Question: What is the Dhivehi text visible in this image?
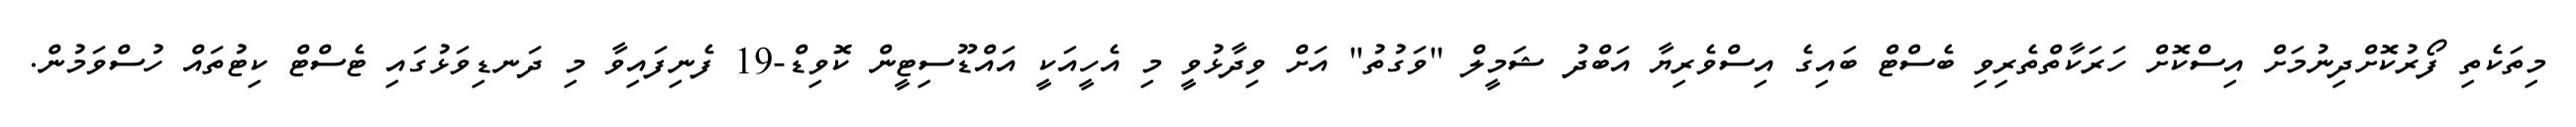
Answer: މިތަކެތި ފޯރުކޮށްދިނުމަށް އިސްކޮށް ހަރަކާތްތެރިވި ބެސްޓް ބައިގެ އިސްވެރިޔާ އަބްދު ޝަމީލް "ވަގުތު" އަށް ވިދާޅުވީ މި އެހީއަކީ އައްޑޫސިޓީން ކޮވިޑް-19 ފެނިފައިވާ މި ދަނޑިވަޅުގައި ޓެސްޓް ކިޓުތައް ހުސްވަމުން.